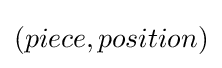
(piece,position)